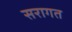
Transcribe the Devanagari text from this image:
सरागत